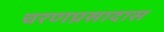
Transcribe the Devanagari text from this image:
चरणप्रसादास